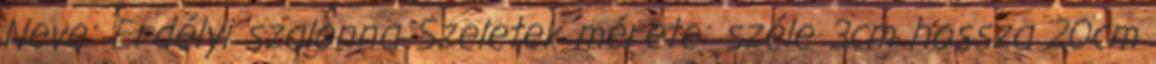
Neve: Erdélyi szalonna Szeletek mérete: széle 3cm hossza 20cm